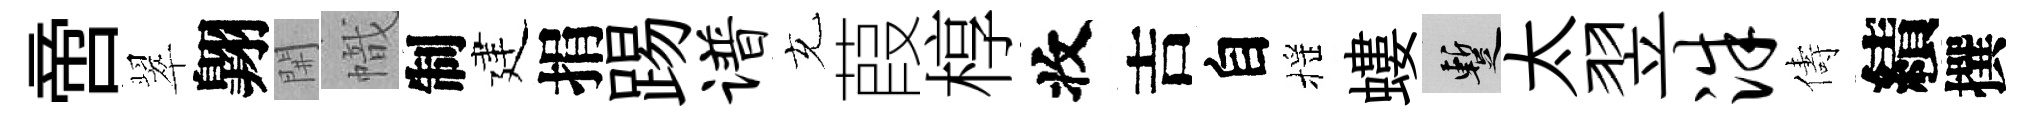
啻翠翺𨳩幟制建捐踢谱充葭椁收吉自摇螻暫太翌洙儔績撰